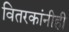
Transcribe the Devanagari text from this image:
वितरकांनीही